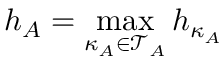
\displaystyle h _ { A } = \operatorname* { m a x } _ { \kappa _ { A } \in \mathcal { T } _ { A } } h _ { \kappa _ { A } }